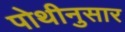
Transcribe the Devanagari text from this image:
पोथीनुसार